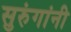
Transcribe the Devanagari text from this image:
सुरुंगांनी